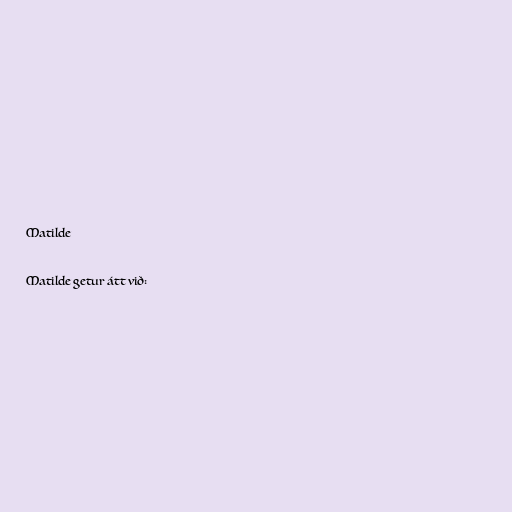
Matilde

Matilde getur átt við: